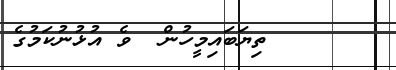
٦٤      ތިޔަބައިމީހުން  ވެ އުޅުނުކަމުގެ